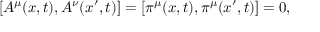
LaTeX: [ A ^ { \mu } ( { \boldsymbol { x } } , t ) , A ^ { \nu } ( { \boldsymbol { x } } ^ { \prime } , t ) ] = [ \pi ^ { \mu } ( { \boldsymbol { x } } , t ) , \pi ^ { \mu } ( { \boldsymbol { x } } ^ { \prime } , t ) ] = 0 ,